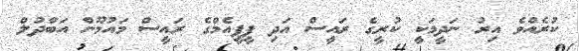
ކުރެއްވެ އިރު ނަދީމަކީ ކުރީގެ ރައީސް އަދި ޕީޕީއެމްގެ ރައީސް މައުމޫން އަބްދުލް